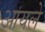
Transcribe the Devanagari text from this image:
आयले